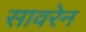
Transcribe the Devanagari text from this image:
सावरेन